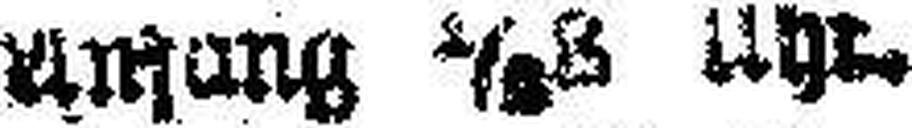
Anfang 1/### Uhr.